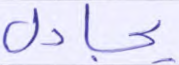
يجادل